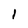
Character: 1